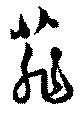
菲